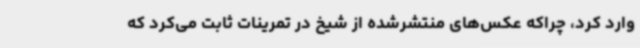
وارد کرد، چراکه عکس‌های منتشرشده از شیخ در تمرینات ثابت می‌کرد که